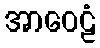
အာဝေဠံ